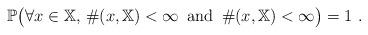
LaTeX: \begin{align*}\mathbb{P} \big( \forall x\in\mathbb{X} , \, \#(x,\mathbb{X})<\infty \, \mbox{ and } \, \#(x,\mathbb{X})<\infty \big) = 1 ~.\end{align*}